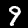
Label: 9